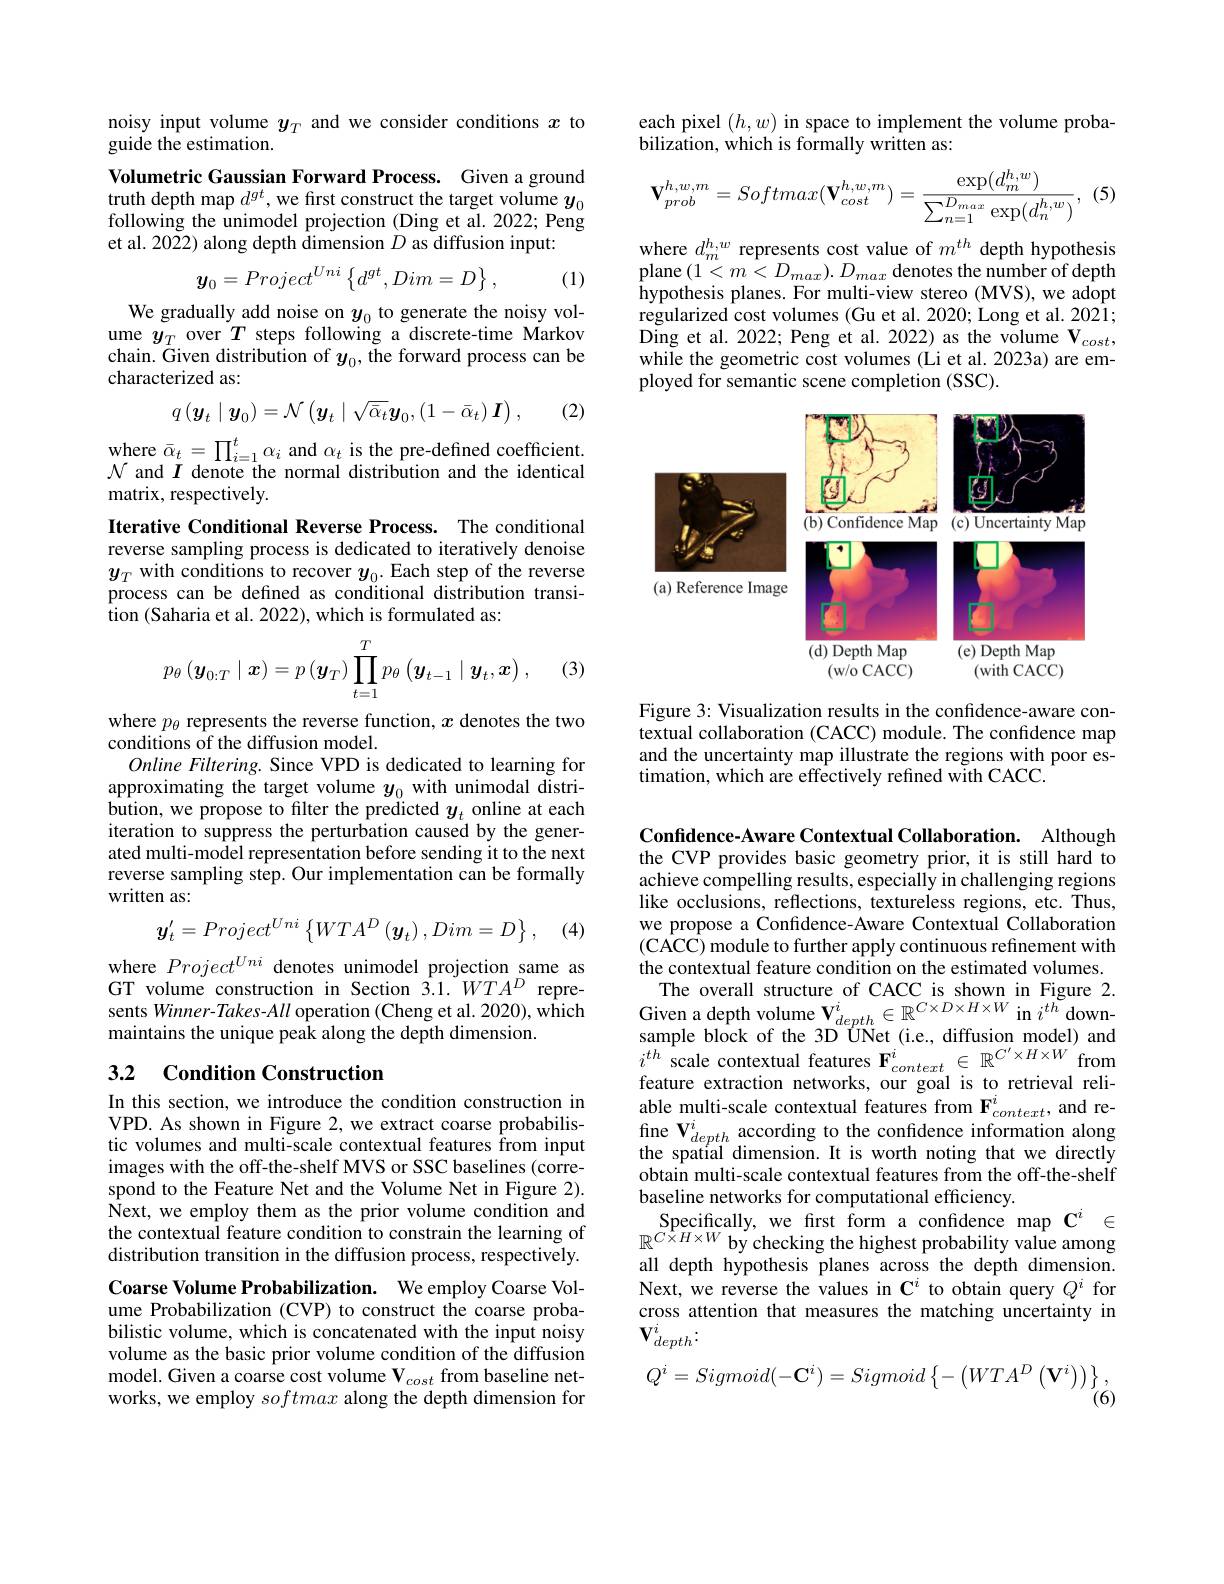
noisy input volume $y_T$ and we consider conditions $x$ to
guide the estimation.

Volumetric Gaussian Forward Process. Given a ground truth depth map $d^{gt}$, we first construct the target volume $y_0$ following the unimodel projection (Ding et al. 2022; Peng et al. 2022) along depth dimension $D$ as diffusion input:
$$\boldsymbol{y}_0=Project^{Uni}\left\{d^{gt},Dim=D\right\},$$
(1)

We gradually add noise on $y_0$ to generate the noisy volume $y_T$ over $T$ steps following a discrete-time Markov chain. Given distribution of $y_0$, the forward process can be characterized as:

(2)
$$q\left(\boldsymbol{y}_t\mid\boldsymbol{y}_0\right)=\mathcal{N}\left(\boldsymbol{y}_t\mid\sqrt{\bar{\alpha}_t}\boldsymbol{y}_0,\left(1-\bar{\alpha}_t\right)\boldsymbol{I}\right),$$
$\begin{array}{l}{\mathrm{where~}\bar{\alpha}_{t}=\prod_{i=1}^{t}\alpha_{i}\mathrm{~and~}\alpha_{t}\mathrm{~is~the~pre-defined~coefficient.}}\\{\mathcal{N}\mathrm{~and~}I\mathrm{~denote~the~normal~distribution~and~the~identical}}\end{array}$
matrix, respectively.
Iterative Conditional Reverse Process. The conditional reverse sampling process is dedicated to iteratively denoise $\begin{array}{ll}y_T\text{ with conditions to recover }y_0.\text{Each step of the reverse}\\\text{process can be defined as conditional distribution transi-}\end{array}$ tion (Saharia et al. 2022), which is formulated as:
$$p_{\theta}\left(\boldsymbol{y}_{0:T}\mid\boldsymbol{x}\right)=p\left(\boldsymbol{y}_{T}\right)\prod_{t=1}^{T}p_{\theta}\left(\boldsymbol{y}_{t-1}\mid\boldsymbol{y}_{t},\boldsymbol{x}\right),$$
(3)

where $p_\theta$ represents the reverse function, $x$ denotes the two
conditions of the diffusion model.
Online Filtering. Since VPD is dedicated to learning for approximating the target volume $y_{0}$ with unimodal distri- bution, we propose to filter the predicted $y_{t}$ online at each iteration to suppress the perturbation caused by the generated multi-model representation before sending it to the next reverse sampling step. Our implementation can be formally written as:

(4)
$$y_{t}^{\prime}=Project^{Uni}\left\{WTA^{D}\left(\boldsymbol{y}_{t}\right),Dim=D\right\},$$
where $Project^{Uni}$ denotes unimodel projection same as GT volume construction in Section 3.1.WTAD represents Winner-Takes-All operation (Cheng et al. 2020), which maintains the unique peak along the depth dimension.

### 3.2 Condition Construction

In this section, we introduce the condition construction in VPD. As shown in Figure 2, we extract coarse probabilistic volumes and multi-scale contextual features from input images with the off-the-shelf MVS or SSC baselines (correspond to the Feature Net and the Volume Net in Figure 2). Next, we employ them as the prior volume condition and the contextual feature condition to constrain the learning of distribution transition in the diffusion process, respectively. Coarse Volume Probabilization. We employ Coarse Volume Probabilization (CVP) to construct the coarse probabilistic volume, which is concatenated with the input noisy volume as the basic prior volume condition of the diffusion model. Given a coarse cost volume $\mathbf{V}_{cost}$ from baseline networks, we employ softmax along the depth dimension for

$\begin{array}{l}\text{each pixel }(h,w)\text{ in space to implement the volume proba-}\\\text{bilization, which is formally written as:}\end{array}$
$$\mathbf{V}_{prob}^{h,w,m}=Softmax(\mathbf{V}_{cost}^{h,w,m})=\frac{\exp(d_m^{h,w})}{\sum_{n=1}^{D_{max}}\exp(d_n^{h,w})},$$
(5)

where $d_m^{h,w}$ represents cost value of $m^{th}$ depth hypothesis plane $(1<m<D_{max}).D_{max}$ denotes the number of depth hypothesis planes. For multi-view stereo (MVS), we adopt regularized cost volumes (Gu et al. 2020; Long et al. 2021; Ding et al. 2022; Peng et al. 2022) as the volume $\mathbf{V}_{cost}$, while the geometric cost volumes (Li et al. 2023a) are employed for semantic scene completion (SSC).

<FigureHere>

Figure 3: Visualization results in the confidence-aware contextual collaboration (CACC) module. The confidence map and the uncertainty map illustrate the regions with poor estimation, which are effectively refined with CACC.

Confidence-Aware Contextual Collaboration. Although the CVP provides basic geometry prior, it is still hard to achieve compelling results, especially in challenging regions like occlusions, reflections, textureless regions, etc. Thus, we propose a Confidence-Aware Contextual Collaboration $(CACC)$ module to further apply continuous refinement with the contextual feature condition on the estimated volumes. $\begin{array}{c}\text{The overall structure of CACC is shown in Figure 2.}\\\text{Given a depth volume V}_{depth}^{i}\in\mathbb{R}^{C\times D\times H\times W}\mathrm{~in~}i^{th}\mathrm{~down-}\\\text{sample block of the 3D UNet (i.e, diffusion model) and}\end{array}$ $i^{th}$scale contextual features $\mathbf{F}_context\in\mathbb{R}^{C^{\prime}\times H\times W}$from feature extraction networks, our goal is to retrieval reliable multi-scale contextual features from $\mathbf{F}_{context}^i$, and re- $\begin{array}{l}\text{fine V}_{depth}^{i}&\text{according to the confidence information along}\\\text{the spatial dimension. It is worth noting that we directly}\end{array}$ obtain multi-scale contextual features from the off-the-shelf baseline networks for computational efficiency.
Specifically, we first form a confidence map $\mathbf{C}^i\in$ $\mathbb{R}^{C\times H\times W}$ by checking the highest probability value among all depth hypothesis planes across the depth dimension. Next, we reverse the values in $\mathbf{C}^i$ to obtain query $Q^i$ for cross attention that measures the matching uncertainty in $\mathbf{V}_{depth}^{i}.$
$$Q^i=Sigmoid(-\mathbf{C}^i)=Sigmoid\left\{-\left(WTA^D\left(\mathbf{V}^i\right)\right)\right\},$$